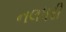
નલધરી